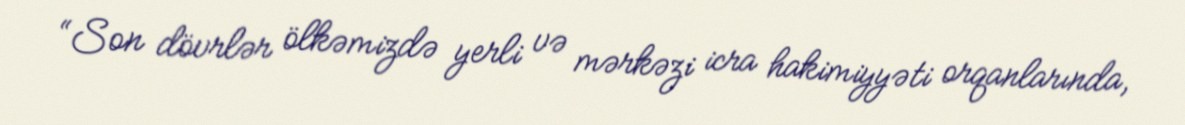
“Son dövrlər ölkəmizdə yerli və mərkəzi icra hakimiyyəti orqanlarında,